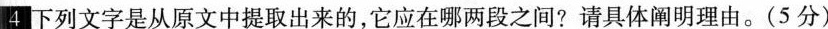
4下列文字是从原文中提取出来的，它应在哪两段之间?请具体阐明理由。(5分)